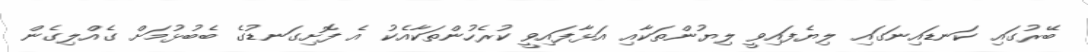
ބޭރުގައި ކަނޑައިނަގައި ލިޔެފައިވީ ލިޔުންތަކާއި އަޅާފައިވީ ކުރެހުންތަކާއެކު އެ ފޮށިގަނޑުގެ ބެބުޅުމަށް ގެއްލިގެން